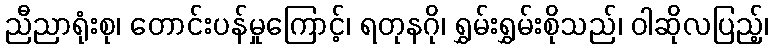
ညီညာရုံးစု၊ တောင်းပန်မှုကြောင့်၊ ရတုနဂို၊ ရွှမ်းရွှမ်းစိုသည်၊ ဝါဆိုလပြည့်၊